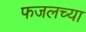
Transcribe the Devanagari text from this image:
फजलच्या